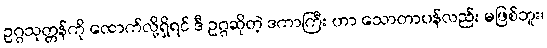
ဥဂ္ဂသုတ္တန်ကို ထောက်လို့ရှိရင် ဒီ ဥဂ္ဂဆိုတဲ့ ဒကာကြီး ဟာ သောတာပန်လည်း မဖြစ်ဘူး၊